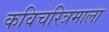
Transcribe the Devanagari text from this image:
कविचरित्रमाला